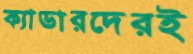
ক্যাডারদেরই